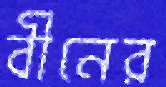
বীনের